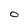
Character: O